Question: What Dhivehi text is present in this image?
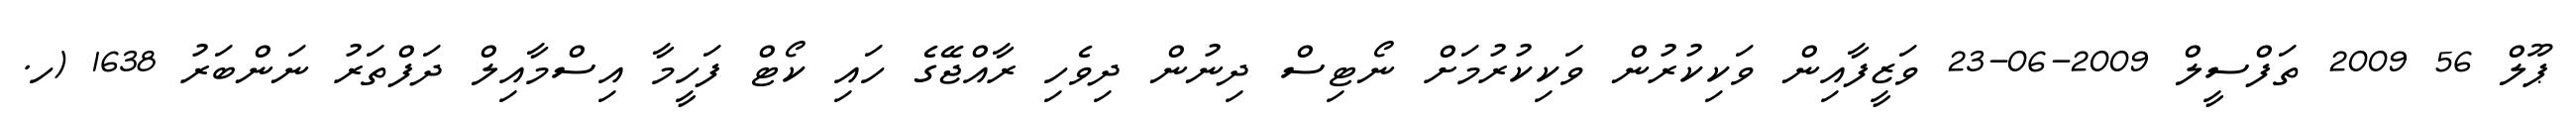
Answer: ޕޫލް 56 2009 ތަފްސީލް 2009-06-23 ވަޒީފާއިން ވަކިކުރުން ވަކިކުރުމަށް ނޯޓިސް ދިނުން ދިވެހި ރާއްޖޭގެ ހައި ކޯޓް ފަހީމާ އިސްމާއިލް ދަފްތަރު ނަންބަރު 1638 (ހ.